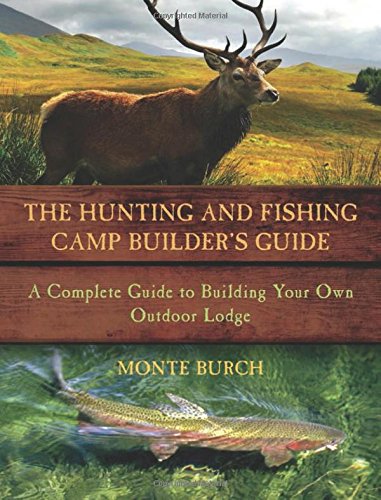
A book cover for The Hunting and Fishing Camp Builder's Guide: A Complete Guide to Building Your Own Outdoor Lodge; Monte Burch; Crafts, Hobbies & Home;